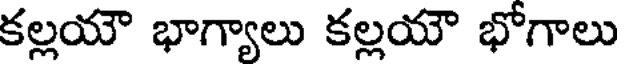
కల్లయౌ భాగ్యాలు కల్లయౌ భోగాలు